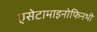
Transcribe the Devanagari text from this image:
एसेटामाइनोफिनभी